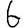
Digit: 6